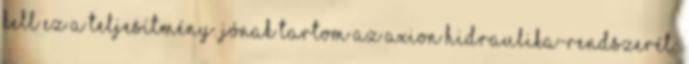
kell ez a teljesítmény. Jónak tartom az AXION hidraulika-rendszerét: